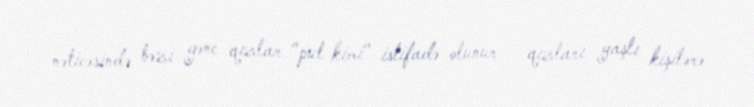
nəticəsində bəzi gənc qızlar "pul kimi" istifadə olunur - qızları yaşlı kişilərə